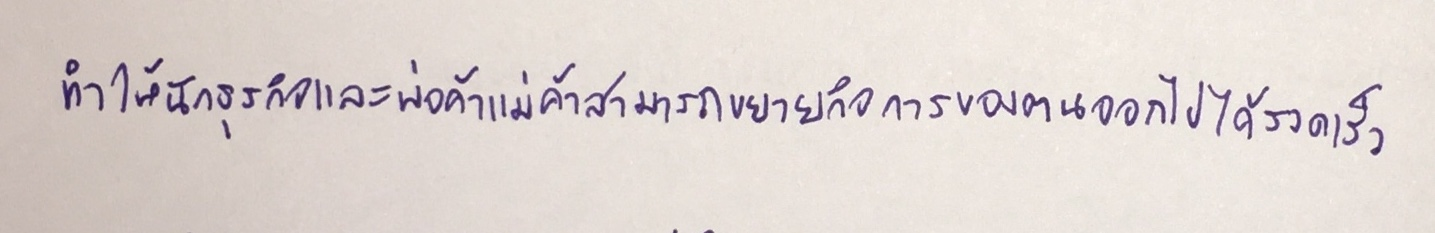
ทำให้นักธุรกิจและพ่อค้าแม่ค้าสามารถขยายกิจการของตนออกไปได้รวดเร็ว